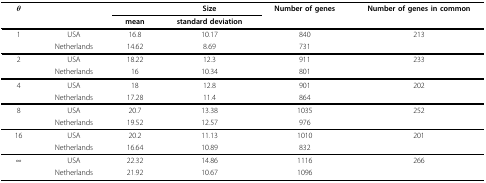
<table><thead><tr><td><b><i>θ</i></b></td><td></td><td></td><td><b>Size</b></td><td><b>Number of genes</b></td><td><b>Number of genes in common</b></td></tr><tr><td></td><td></td><td><b>mean</b></td><td><b>standard deviation</b></td><td></td><td></td></tr></thead><tbody><tr><td>1</td><td>USA</td><td>16.8</td><td>10.17</td><td>840</td><td>213</td></tr><tr><td></td><td>Netherlands</td><td>14.62</td><td>8.69</td><td>731</td><td></td></tr><tr><td>2</td><td>USA</td><td>18.22</td><td>12.3</td><td>911</td><td>233</td></tr><tr><td></td><td>Netherlands</td><td>16</td><td>10.34</td><td>801</td><td></td></tr><tr><td>4</td><td>USA</td><td>18</td><td>12.8</td><td>901</td><td>202</td></tr><tr><td></td><td>Netherlands</td><td>17.28</td><td>11.4</td><td>864</td><td></td></tr><tr><td>8</td><td>USA</td><td>20.7</td><td>13.38</td><td>1035</td><td>252</td></tr><tr><td></td><td>Netherlands</td><td>19.52</td><td>12.57</td><td>976</td><td></td></tr><tr><td>16</td><td>USA</td><td>20.2</td><td>11.13</td><td>1010</td><td>201</td></tr><tr><td></td><td>Netherlands</td><td>16.64</td><td>10.89</td><td>832</td><td></td></tr><tr><td>∞</td><td>USA</td><td>22.32</td><td>14.86</td><td>1116</td><td>266</td></tr><tr><td></td><td>Netherlands</td><td>21.92</td><td>10.67</td><td>1096</td><td></td></tr></tbody></table>